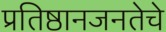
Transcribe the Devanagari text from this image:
प्रतिष्ठानजनतेचे